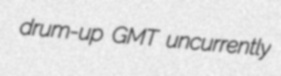
drum-up GMT uncurrently